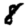
Digit: 8